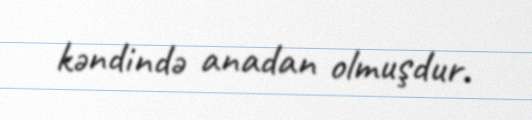
kəndində anadan olmuşdur.